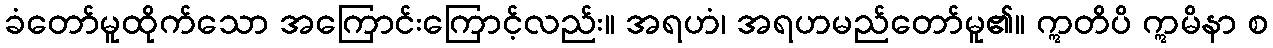
ခံတော်မူထိုက်သော အကြောင်းကြောင့်လည်း။ အရဟံ၊ အရဟမည်တော်မူ၏။ ဣတိပိ ဣမိနာ စ